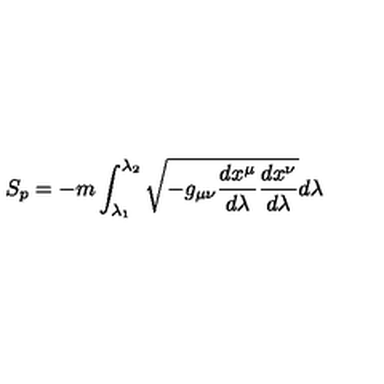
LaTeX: S _ { p } = - m \int _ { \lambda _ { 1 } } ^ { \lambda _ { 2 } } \sqrt { - g _ { \mu \nu } \frac { d x ^ { \mu } } { d \lambda } \frac { d x ^ { \nu } } { d \lambda } } d \lambda